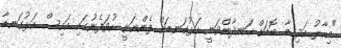
"މިހާރު އަދި މާ ބޮޑަށް ހަނދާންވަނީ އަޅުގަނޑަށް ފެންނަނީ ހުވަފެނުގައި އައިސް އަޅުގަނޑާ